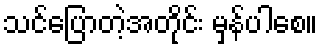
သင်ပြောတဲ့အတိုင်း မှန်ပါစေ။